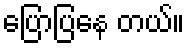
ပြောပြနေ တယ်။